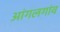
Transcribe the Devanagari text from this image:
आंगलगांव